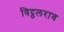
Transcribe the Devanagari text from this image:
विट्ठलराव